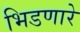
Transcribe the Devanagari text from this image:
भिडणारे